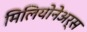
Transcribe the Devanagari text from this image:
मिलियोनेअर्स